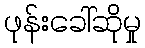
ဖုန်းခေါ်ဆိုမှု